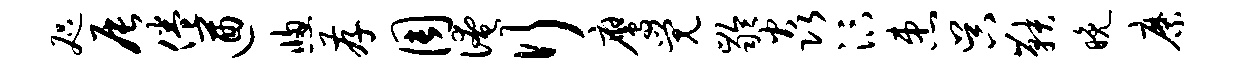
咫辰倦遒窗存周淹行鹰觉龄焱汴患吴鞅晚縻